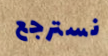
نسترجع